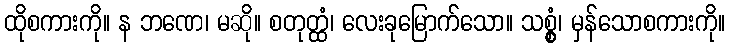
ထိုစကားကို။ န ဘဏေ၊ မဆို။ စတုတ္ထံ၊ လေးခုမြောက်သော။ သစ္စွံ၊ မှန်သောစကားကို။